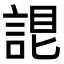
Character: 𧨛